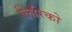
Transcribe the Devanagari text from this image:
लिरिको